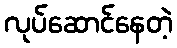
လုပ်ဆောင်နေတဲ့